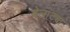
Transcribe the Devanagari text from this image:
वेलांट्या